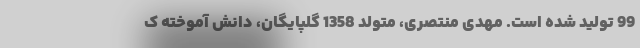
99 تولید شده است. مهدی منتصری، متولد 1358 گلپایگان، دانش آموخته ک